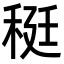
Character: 䅍